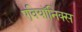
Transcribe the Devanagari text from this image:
एवियॉनिक्स